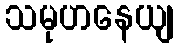
သမုဟနေယျ